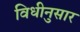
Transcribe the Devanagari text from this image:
विधीनुसार